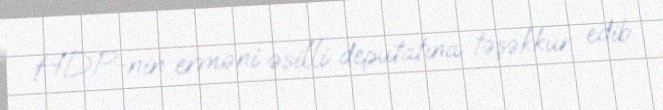
HDP-nin erməni əsilli deputatına təşəkkür edib.